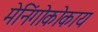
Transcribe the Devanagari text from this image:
मेनिंगोकोकाय